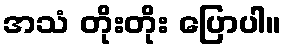
အသံ တိုးတိုး ပြောပါ။